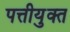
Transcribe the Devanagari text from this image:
पत्तीयुक्त